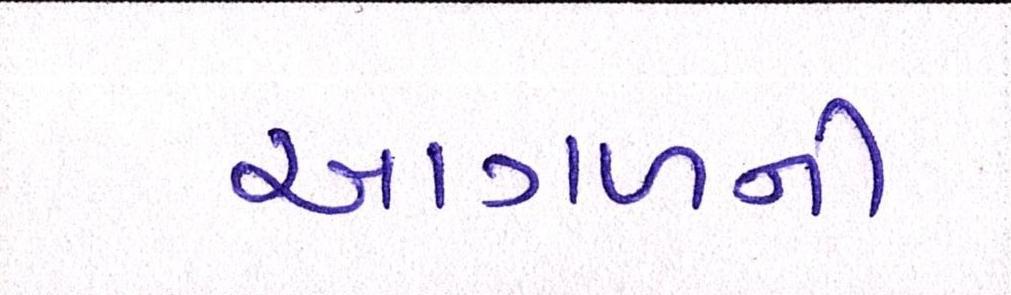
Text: આગળની